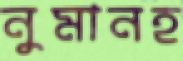
নুমানহ